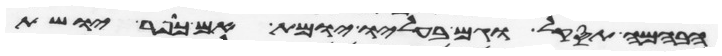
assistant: הבהמה תסקל וגם בעליו יומת אם כופר יושת